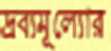
দ্রব্যমূল্যোর